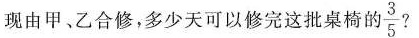
现由甲、乙合修，多少天可以修完这批桌椅的\frac{3}{5}